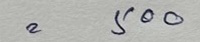
= 500